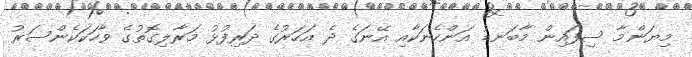
މިޔަންމާ ސިފައިން މާބަނޑު އަންހެނަކާއި އޭނަގެ ދެ އަހަރުގެ ދަރިފުޅު މަރާލިގޮތުގެ ވާހަކަކެންސަރު